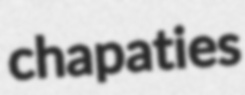
chapaties